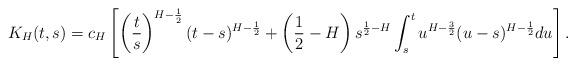
LaTeX: \begin{align*}K_{H}(t,s)=c_{H}\left[ \left( \frac{t}{s}\right) ^{H-\frac{1}{2}}(t-s)^{H-\frac{1}{2}}+\left( \frac{1}{2}-H\right) s^{\frac{1}{2}-H}\int_{s}^{t}u^{H-\frac{3}{2}}(u-s)^{H-\frac{1}{2}}du\right] . \end{align*}